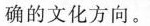
确的文化方向。